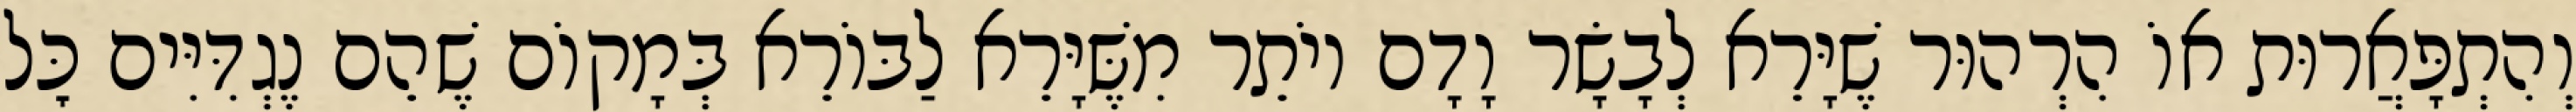
וְהִתְפָּאֲרוּת אוֹ הִרְהוּר שֶׁיָּרֵא לְבָשָׂר וָדָם יוֹתֵר מִשֶּׁיָּרֵא לַבּוֹרֵא בְּמָקוֹם שֶׁהֵם נֶגְדִּיִּים כׇּל